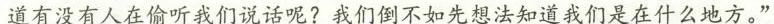
道有没有人在偷听我们说话呢?我们倒不如先想法知道我们是在什么地方。”